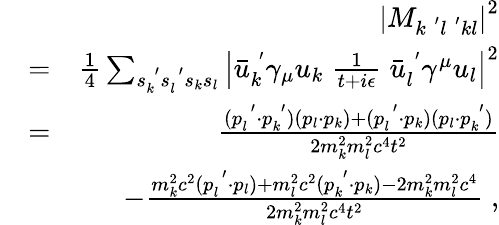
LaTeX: \begin{array}{rlr}&{}&{\left|M_{k^{\; ^{\prime}}l^{\; ^{\prime}}kl}\right|^{2}}\\ &{=}&{\frac{1}{4}\sum_{s_{k}^{\; ^{\prime}}s_{l}^{\; ^{\prime}}s_{k}s_{l}}\left|\bar{u}_{k}^{\; ^{\prime}}\gamma_{\mu}u_{k}\; \frac{1}{t+i\epsilon}\; \bar{u}_{l}^{\; ^{\prime}}\gamma^{\mu}u_{l}\right|^{2}}\\ &{=}&{\frac{(p_{l}^{\; ^{\prime}}\cdot p_{k}^{\; ^{\prime}})(p_{l}\cdot p_{k})+(p_{l}^{\; ^{\prime}}\cdot p_{k})(p_{l}\cdot p_{k}^{\; ^{\prime}})}{2m_{k}^{2}m_{l}^{2}c^{4}t^{2}}}\\ &{}&{-\frac{m_{k}^{2}c^{2}(p_{l}^{\; ^{\prime}}\cdot p_{l})+m_{l}^{2}c^{2}(p_{k}^{\; ^{\prime}}\cdot p_{k})-2m_{k}^{2}m_{l}^{2}c^{4}}{2m_{k}^{2}m_{l}^{2}c^{4}t^{2}}\; ,}\end{array}